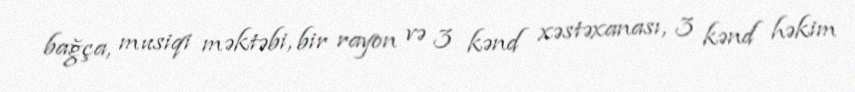
bağça, musiqi məktəbi, bir rayon və 3 kənd xəstəxanası, 3 kənd həkim